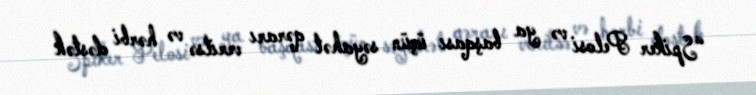
“Spiker Pelosi və ya başqası üçün səyahət qərarı verilsə və hərbi dəstək